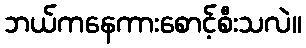
ဘယ်ကနေကားစောင့်စီးသလဲ။